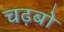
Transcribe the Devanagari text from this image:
चढ़बो